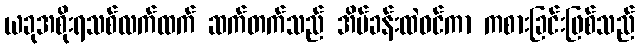
ယခုအစိုးရသစ်လက်ထက် ဆက်တက်သည် အိပ်ခန်းထဲဝင်ကာ ကစားခြင်းဖြစ်သည်